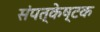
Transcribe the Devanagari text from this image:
संपत्केष्टक